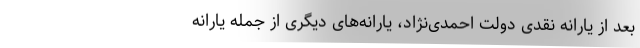
بعد از یارانه نقدی دولت احمدی‌نژاد، یارانه‌های دیگری از جمله یارانه